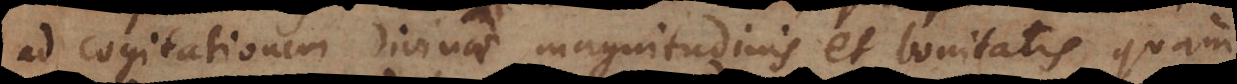
ad cogitationem divinae magnitudinis et bonitatis quam